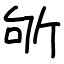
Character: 斪